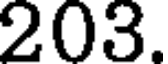
203.